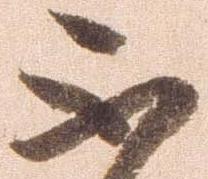
不